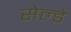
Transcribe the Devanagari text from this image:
सेल्डे